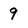
Character: 9